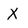
Character: X